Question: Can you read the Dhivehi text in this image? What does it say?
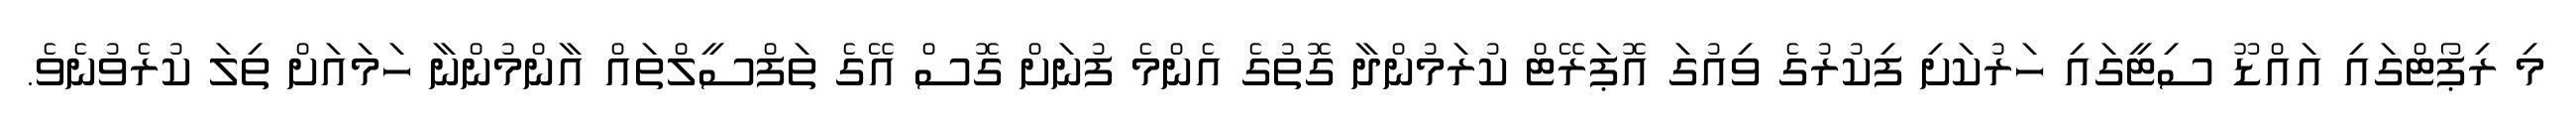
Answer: މި ރިޕޯޓްގައި އައްޑޫ ސިޓީގައި ހަރުކަށި ފިކުރުގެ ވިއުގަ އޮޕަރޭޓް ކުރަމުންދާ ގޮތުގެ އެންމެ ފުނަށް ގޮސް އޭގެ ތަފްސީލްތައް އާންމުންނާ ހަމައަށް ތިލަ ކުރެވުނެވެ.